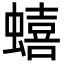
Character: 蟢